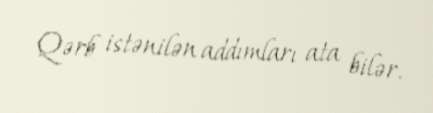
Qərb istənilən addımları ata bilər.